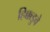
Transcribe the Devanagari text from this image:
हिक्कडुवे